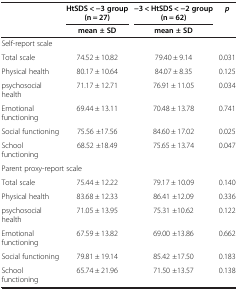
<table><thead><tr><td><b> </b></td><td><b>HtSDS &lt; −3 group (n = 27)</b></td><td><b>−3 &lt; HtSDS &lt; −2 group (n = 62)</b></td><td><b><i>p</i></b></td></tr><tr><td><b> </b></td><td><b>mean ± SD</b></td><td><b>mean ± SD</b></td><td><b> </b></td></tr></thead><tbody><tr><td colspan="4">Self-report scale</td></tr><tr><td>Total scale</td><td>74.52 ± 10.82</td><td>79.40 ± 9.14</td><td>0.031</td></tr><tr><td>Physical health</td><td>80.17 ± 10.64</td><td>84.07 ± 8.35</td><td>0.125</td></tr><tr><td>psychosocial health</td><td>71.17 ± 12.71</td><td>76.91 ± 11.05</td><td>0.034</td></tr><tr><td>Emotional functioning</td><td>69.44 ± 13.11</td><td>70.48 ± 13.78</td><td>0.741</td></tr><tr><td>Social functioning</td><td>75.56 ±17.56</td><td>84.60 ± 17.02</td><td>0.025</td></tr><tr><td>School functioning</td><td>68.52 ±18.49</td><td>75.65 ± 13.74</td><td>0.047</td></tr><tr><td colspan="4">Parent proxy-report scale</td></tr><tr><td>Total scale</td><td>75.44 ± 12.22</td><td>79.17 ± 10.09</td><td>0.140</td></tr><tr><td>Physical health</td><td>83.68 ± 12.33</td><td>86.41 ±12.09</td><td>0.336</td></tr><tr><td>psychosocial health</td><td>71.05 ± 13.95</td><td>75.31 ±10.62</td><td>0.122</td></tr><tr><td>Emotional functioning</td><td>67.59 ± 13.82</td><td>69.00 ±13.86</td><td>0.662</td></tr><tr><td>Social functioning</td><td>79.81 ± 19.14</td><td>85.42 ±17.50</td><td>0.183</td></tr><tr><td>School functioning</td><td>65.74 ± 21.96</td><td>71.50 ±13.57</td><td>0.138</td></tr></tbody></table>